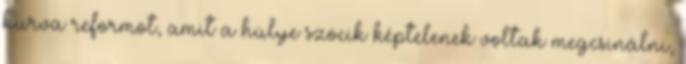
kurva reformot, amit a hülye szocik képtelenek voltak megcsinálni,